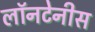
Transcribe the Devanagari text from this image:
लॉनटेनीस